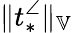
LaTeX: \| t_{*}^{\angle}\| _{\mathbb{V}}